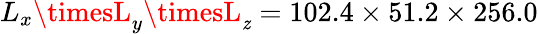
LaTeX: L_{x}\timesL_{y}\timesL_{\mathit{z}}=102.4\times51.2\times256.0